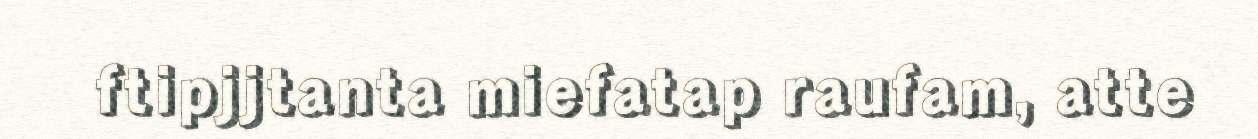
ftipjjtanta miefatap raufam, atte